Report on vaccination in the Province of Bengal - 1874-1889
Year: 1874
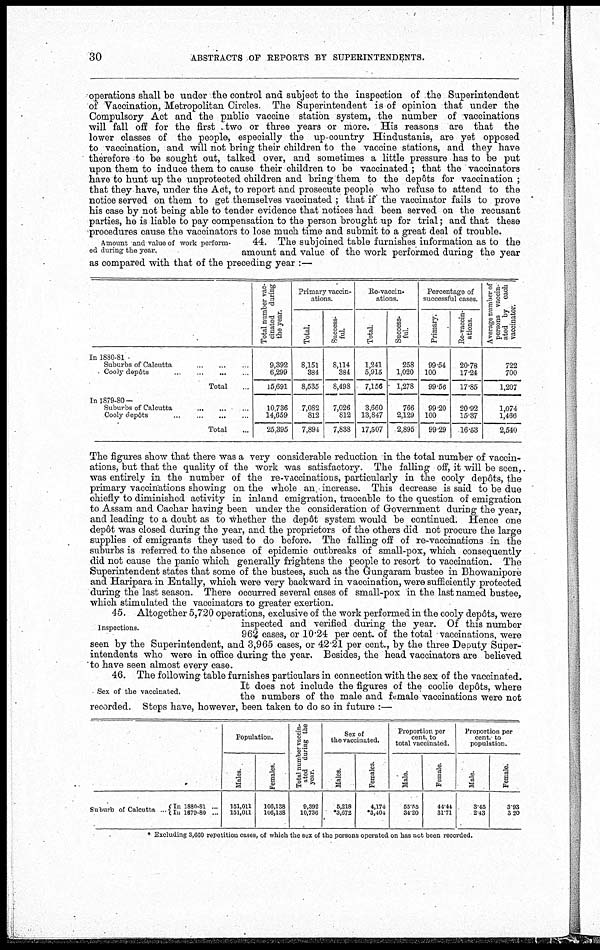
30
ABSTRACTS OF REPORTS BY SUPERINTENDENTS.
operations shall be under the control and subject to the inspection of the Superintendent
of Vaccination, Metropolitan Circles. The Superintendent is of opinion that under the
Compulsory Act and the public vaccine station system, the number of vaccinations
will fall off for the first two or three years or more. His reasons are that the
lower classes of the people, especially the up-country Hindustanis, are yet opposed
to vaccination, and will not bring their children to the vaccine stations, and they have
therefore to be sought out, talked over, and sometimes a little pressure has to be put
upon them to induce them to cause their children to be vaccinated ; that the vaccinators
have to hunt up the unprotected children and bring them to the depôts for vaccination ;
that they have, under the Act, to report and prosecute people who refuse to attend to the
notice served on them to get themselves vaccinated ; that if the vaccinator fails to prove
his case by not being able to tender evidence that notices had been served on the recusant
parties, he is liable to pay compensation to the person brought up for trial; and that these
procedures cause the vaccinators to lose much time and submit to a great deal of trouble.
Amount and value of work perform-
ed during the year,
44. The subjoined table furnishes information as to the
amount and value of the work performed during the year
as compared with that of the preceding year :—
In 1880-81
Suburbs of Calcutta...
...
...
Cooly
depôts...
...
Total...
In 1879-80—
Suburbs of
Calcutta...
...
Cooly
depôts...
...
...
Total...
Total number vac-
cinated during
the year.
9,392
6,299
15,691
10,736
14,659
25,395
Primary vaccin-
ations.
Total.
8,151
384
8,535
7,082
812
7,894
Success-
ful.
8,114
384
8,498
7,026
812
7,838
Re-vaccin-
ations.
Total.
1,241
5,915
7,156
3,660
13,847
17,507
Success-
ful.
258
1,020
1,278
766
2,129
2,895
Percentage of
successful cases.
Primary.
99.54
100
99.56
99.20
100
99.29
Re-vaccin-
ations.
20.78
17.24
17.85
20.92
15.37
16.53
Average number of
persons vaccin-
ated by each
vaccinator.
722
700
1,207
1,074
1,466
2,540
The figures show that there was a very considerable reduction in the total number of vaccin-
ations, but that the quality of the work was satisfactory. The falling off, it will be seen,
was entirely in the number of the re-vaccinations, particularly in the cooly depôts, the
primary vaccinations showing on the whole an. increase. This decrease is said to be due
chiefly to diminished activity in inland emigration, traceable to the question of emigration
to Assam and Cachar having been under the consideration of Government during the year,
and leading to a doubt as to whether the depôt system would be continued. Hence one
depôt was closed during the year, and the proprietors of the others did not procure the large
supplies of emigrants they used to do before. The falling off of re-vaccinations in the
suburbs is referred to the absence of epidemic outbreaks of small-pox, which consequently
did not cause the panic which generally frightens the people to resort to vaccination. The
Superintendent states that some of the bustees, such as the Gungaram bustee in Bhowanipore
and Haripara in Entally, which were very backward in vaccination, were sufficiently protected
during the last season. There occurred several cases of small-pox in the last named bustee,
which stimulated the vaccinators to greater exertion.
Inspections.
45. Altogether 5,720 operations, exclusive of the work performed in the cooly depôts, were
inspected and verified during the year. Of this number
962 cases, or 10.24 per cent. of the total vaccinations, were
seen by the Superintendent, and 3,965 cases, or 42.21 per cent., by the three Deputy Super-
intendents who were in office during the year. Besides, the head vaccinators are believed
to have seen almost every case.
Sex of the vaccinated.
46. The following table furnishes particulars in connection with the sex of the vaccinated.
It does not include the figures of the coolie depôts, where
the numbers of the male and female vaccinations were not
recorded. Steps have, however, been taken to do so in future :—
Suburb of Calcutta ... In 1880-81 ...
In 1879-80 ...
Population.
Males.
151,011
151,011
Females.
106,138
106,138
Total number vaccin-
ated during the
year.
9,392
10,736
Sex of
the vaccinated.
Males.
5,218
*3,672
Females.
4,174
*3,404
Proportion per
cent. to
total vaccinated.
Male.
55.55
34.20
Female.
44.44
31.71
Proportion per
cent to
population.
Male.
3.45
2.43
Female.
3.93
3.20
* Excluding 3,660 repetition cases, of which the sex of the persons operated on has not been recorded.